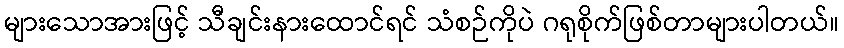
များသောအားဖြင့် သီချင်းနားထောင်ရင် သံစဉ်ကိုပဲ ဂရုစိုက်ဖြစ်တာများပါတယ်။